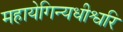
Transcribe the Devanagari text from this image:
महायेगिन्यधीश्वरि